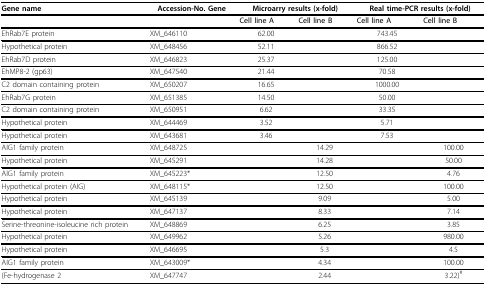
| Gene name | Accession-No. Gene | <COLSPAN=2> Microarry results (x-fold) | <COLSPAN=2> Real time-PCR results (x-fold) |
 | --- | --- | --- | --- | --- | --- |
 |  |  | Cell line A | Cell line B | Cell line A | Cell line B |
 | EhRab7E protein | XM_646110 | 62.00 |  | 743.45 |  |
 | Hypothetical protein | XM_648456 | 52.11 |  | 866.52 |  |
 | EhRab7D protein | XM_646823 | 25.37 |  | 125.00 |  |
 | EhMP8-2 (gp63) | XM_647540 | 21.44 |  | 70.58 |  |
 | C2 domain containing protein | XM_650207 | 16.65 |  | 1000.00 |  |
 | EhRab7G protein | XM_651385 | 14.50 |  | 50.00 |  |
 | C2 domain containing protein | XM_650951 | 6.62 |  | 33.35 |  |
 | Hypothetical protein | XM_644469 | 3.52 |  | 5.71 |  |
 | Hypothetical protein | XM_643681 | 3.46 |  | 7.53 |  |
 | AIG1 family protein | XM_648725 |  | 14.29 |  | 100.00 |
 | Hypothetical protein | XM_645291 |  | 14.28 |  | 50.00 |
 | AIG1 family protein | XM_645223* |  | 12.50 |  | 4.76 |
 | Hypothetical protein (AIG) | XM_648115* |  | 12.50 |  | 100.00 |
 | Hypothetical protein | XM_645139 |  | 9.09 |  | 5.00 |
 | Hypothetical protein | XM_647137 |  | 8.33 |  | 7.14 |
 | Serine-threonine-isoleucine rich protein | XM_648869 |  | 6.25 |  | 3.85 |
 | Hypothetical protein | XM_649962 |  | 5.26 |  | 980.00 |
 | Hypothetical protein | XM_646695 |  | 5.3 |  | 4.5 |
 | AIG1 family protein | XM_643009* |  | 4.34 |  | 100.00 |
 | (Fe-hydrogenase 2 | XM_647747 |  | 2.44 |  | 3.22)# |